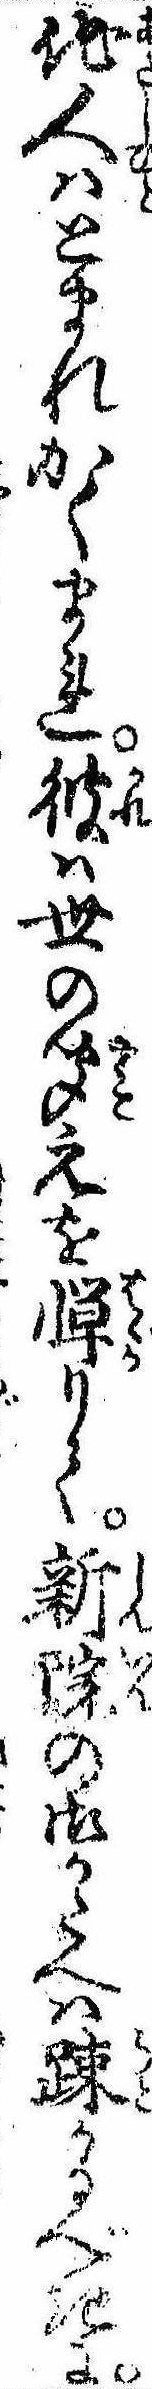
他人はとまれかくまれ彼は世の聞えを憚りて新院の御かたへは疎かるべきに